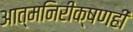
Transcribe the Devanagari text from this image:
आत्मनिरीक्षणही